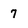
Character: 7